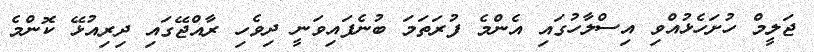
ޖަލީމް ހުށަހެޅުއްވި އިސްލާހުގައި އެންމެ ފުރަތަމަ ބުނެފައިވަނީ ދިވެހި ރާއްޖޭގައި ދިރިއުޅޭ ކޮންމެ